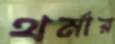
থর্মার